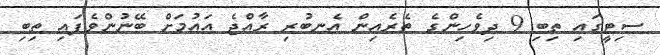
ސިޓީގައި ތިބި 9 ދިވެހިންގެ ތެރެއިން އެނބުރި ރާއްޖެ އައުމަށް ބޭނުންވެފައި ތިބި